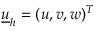
\underline { { u } } _ { h } = ( u , v , w ) ^ { T }